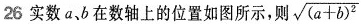
26 实数a、b在数轴上的位置如图所示，则 \sqrt{(a+b)^{2}}